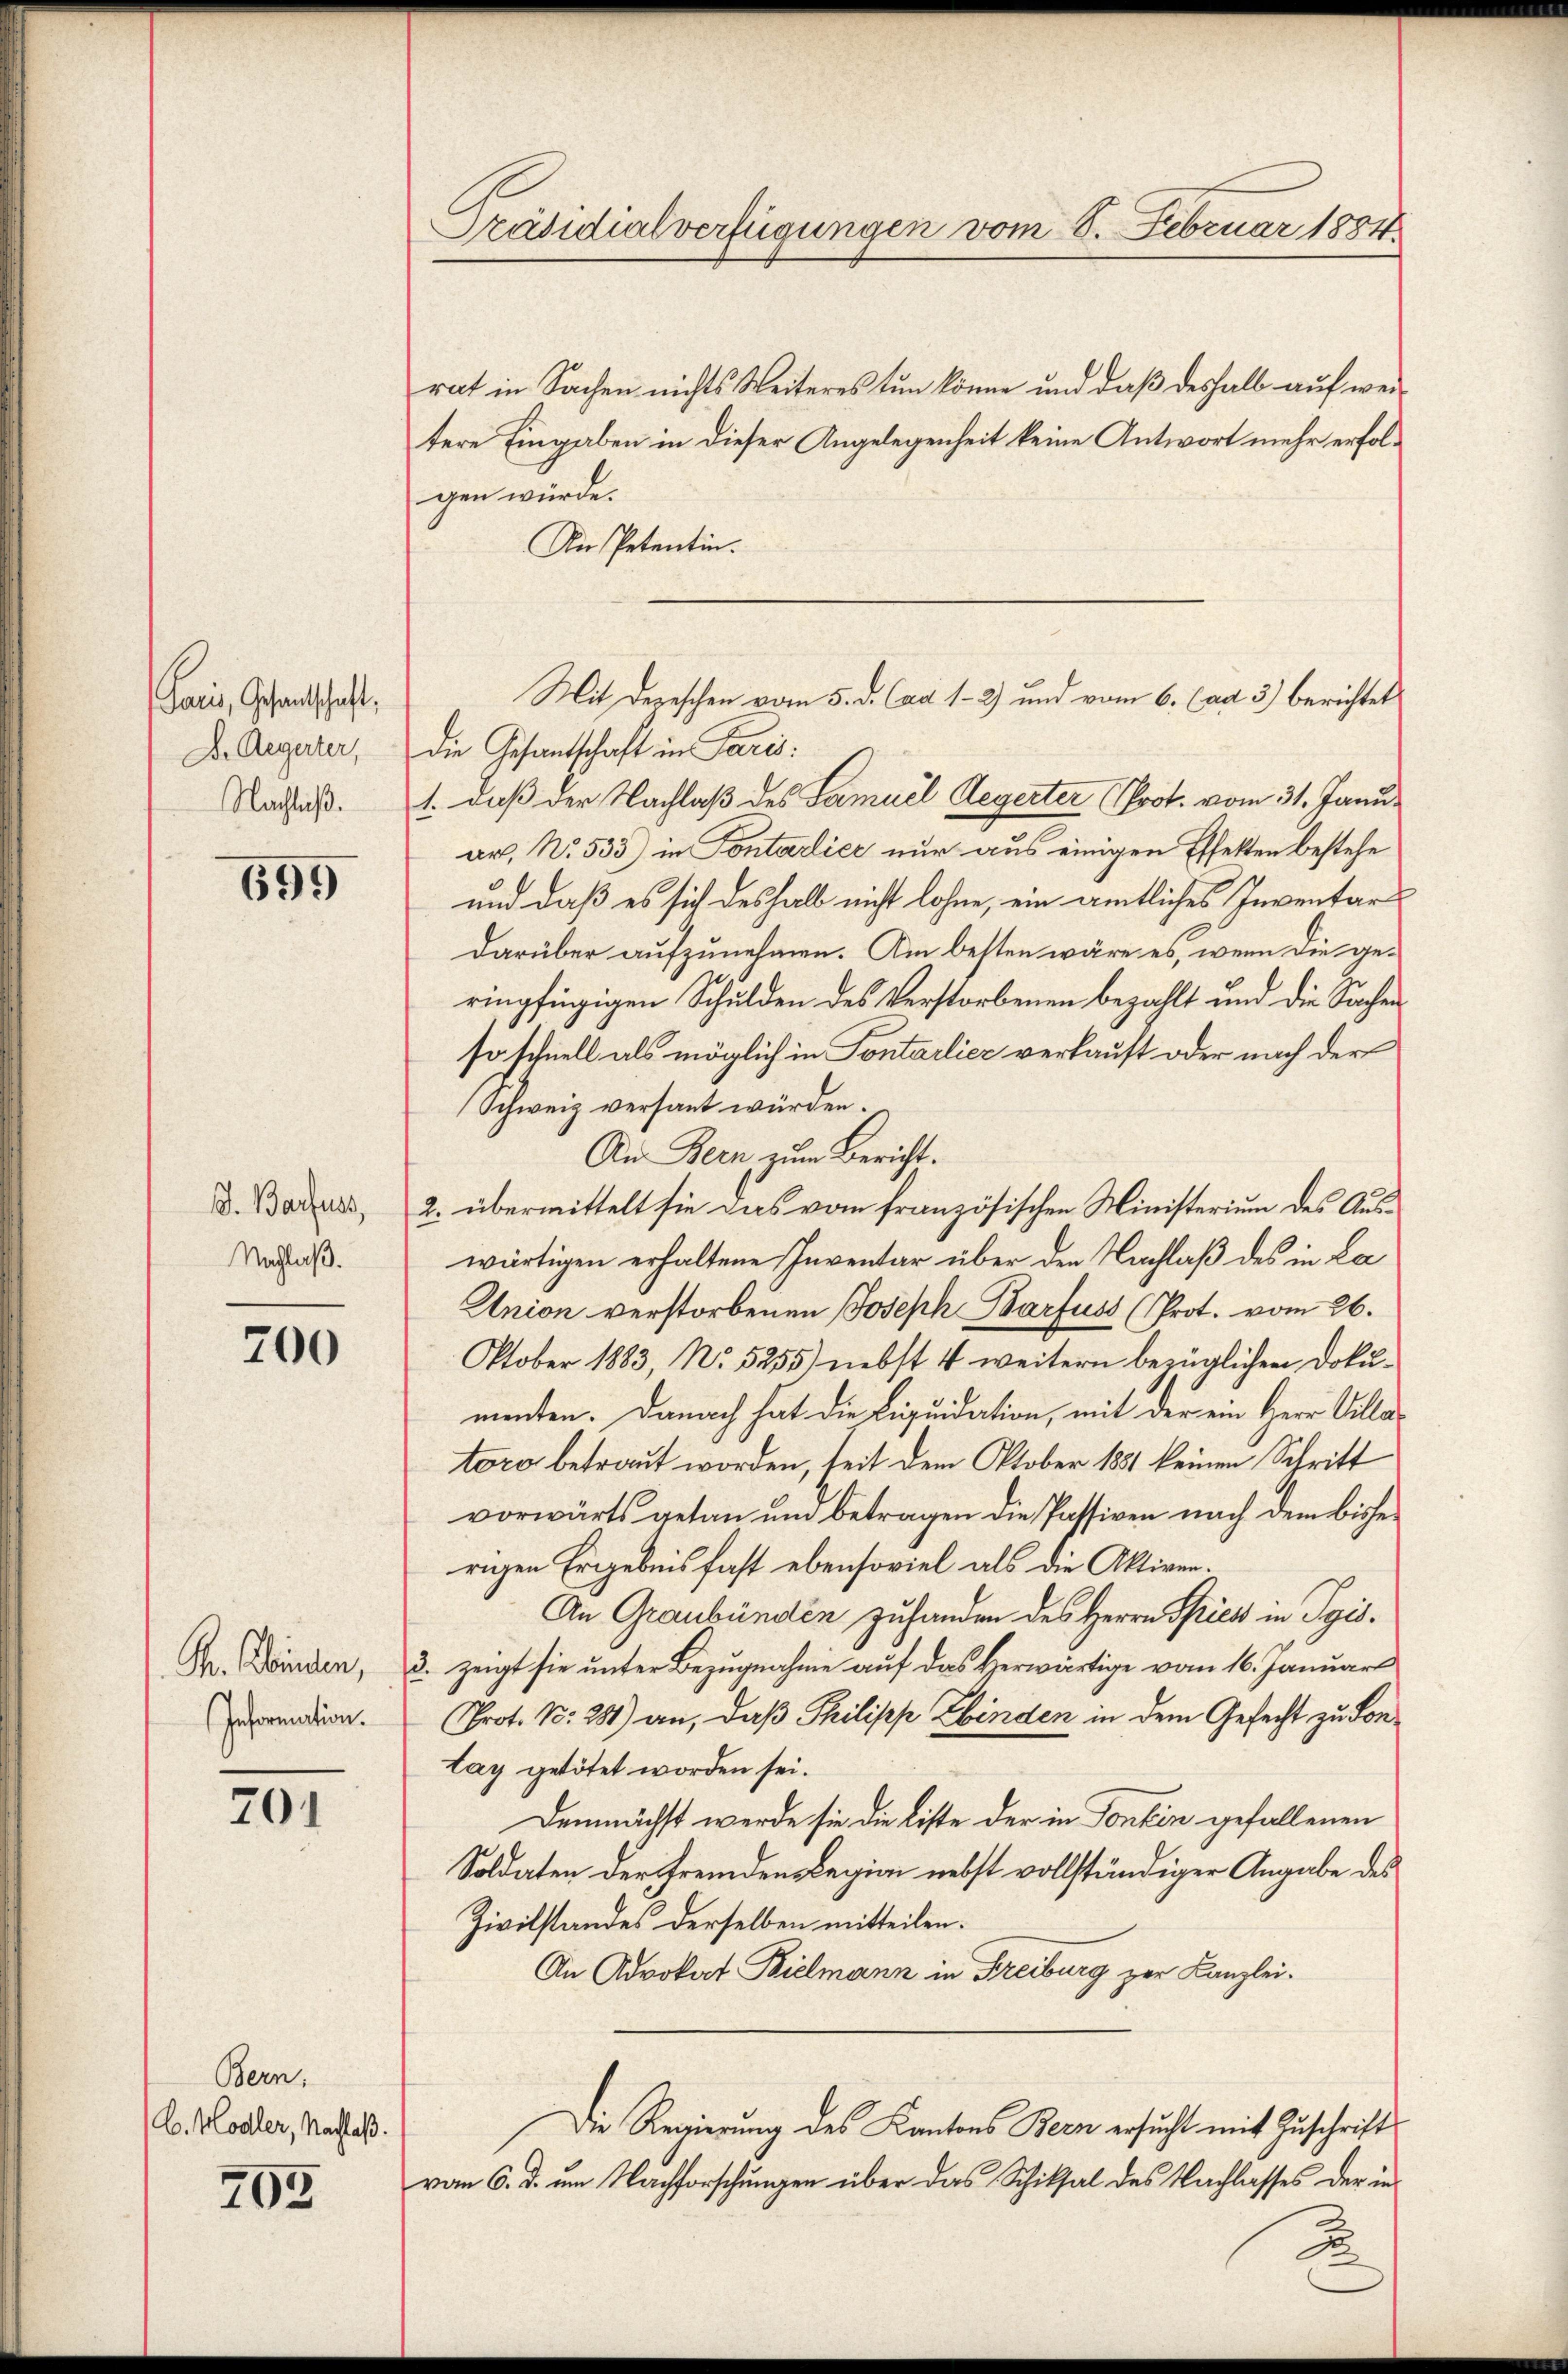
Paris, Gesandtschaft,
D. Aegerter,
Nachließ.

699

J. Barfuss,
Nachlaß.

700

Fr. Kinden,
Information.

201

Bern.
C. Hodler, Nachlaß.

705

Präsidialverfügungen vom 8. Februar 1884.

rat in Sachen nichts Weiteres tun könne und daß deshalb auf weitere Eingaben in dieser Angelegenheit keine Antwort mehr erfolgen würde.
An Petentin.
die Gesantschaft in Paris
1. daß der Nachlaß des Samuel Aegerter (Prot. vom 31. Janu
ar, No. 535) in Kontarlier nur aus einigen Effekten bestehe
und daß es sich deshalb nicht lohne, ein amtliches Inventar
darüber aufzunehmen. Am besten wäre es, wenn die geringfügigen Schulden des Verstorbenen bezahlt und die Sachen
sotchnell als möglich in Pontarlier verkauft oder nach der
Schweiz versant würden.
An Bern zum Bericht.
2. übermittelt sie das vom französischen Ministerium des Auswärtigen erhaltene Inventar über den Nachlaß des in La
Union verstorbenen Joseph Barfuss (Prot. vom 26.
Oktober 1883, No 5255) nebst 4 weitern bezüglichen Dokumenten. Danach hat die Liquidation, mit der ein Herr Villatore betraut worden, seit dem Oktober 1881 keinen Schritt
vorwärts getan und betragen die Passiven nach dem bisse
rigen Ergebnis fast ebensoviel als die Aktiver¬
An Graubünden zuhanden des Herrn Spies in Pgisd. zeigt sie unter Bezugnahme auf das Herwärtige vom 16. Januar
Prot. N. 281) an, daß Philipp Ebinden in dem Gefecht zu Sonlay getötet worden sei.
Demnächst werde sie die Liste der in Contin gefallenen
Soldaten der fremdens Legion nebst vollständiger Angabe des
Zivilstandes derselben mitteilen.
An Advokat Pielmann in Freiburg zur Kanzlei.
Die Regierung des Kantons Bern ersucht mit Zuschrift
vom 6. d. um Nachforschungen über das Schiksal des Nachlasses der in¬

Mit Depeschen vom 5. d. Cad 1-2) und vom 6. (ad 3) berichtet